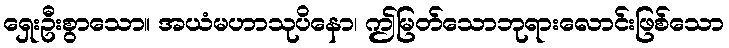
ရှေးဦးစွာသော။ အယံမဟာသုပိနော၊ ဤမြတ်သောဘုရားလောင်းဖြစ်သော